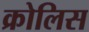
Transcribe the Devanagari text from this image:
क्रोलिस